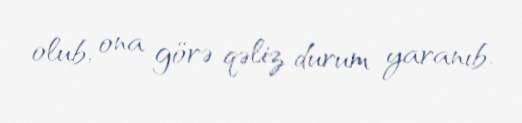
olub, ona görə qəliz durum yaranıb.